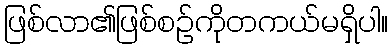
ဖြစ်လာ၏ဖြစ်စဉ်ကိုတကယ်မရှိပါ။